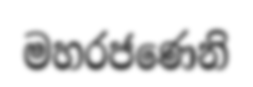
මහරජණෙනි